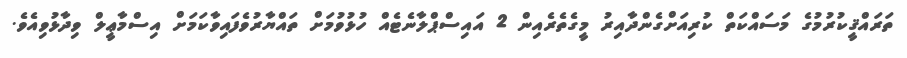
ތަރައްޤީކުރުމުގެ މަސައްކަތް ކުރިއަށްގެންދާއިރު މީގެތެރެއިން 2 އައިސްޕްލާނެޓެއް ހުޅުވުމަށް ތައްޔާރުވެފައިވާކަމަށް އިސްމާޢީލް ވިދާޅުވިއެވެ.